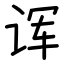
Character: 诨